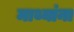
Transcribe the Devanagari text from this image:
माथ्यांना